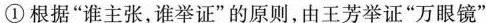
①根据”谁主张，谁举证”的原则，由王芳举证”万眼镜”